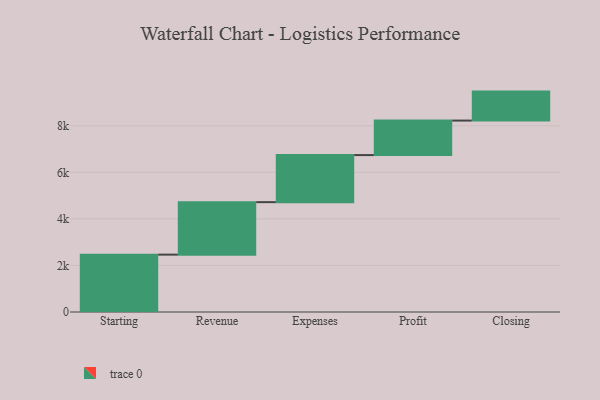
{"axis": {"x": "Step", "y": "Value"}, "legend": [""], "data": [{"x": "Starting", "y": 2464.0, "type": ""}, {"x": "Revenue", "y": 2255.0, "type": ""}, {"x": "Expenses", "y": 2022.0, "type": ""}, {"x": "Profit", "y": 1482.0, "type": ""}, {"x": "Closing", "y": 1245.0, "type": ""}]}